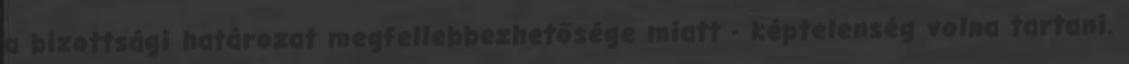
a bizottsági határozat megfellebbezhetősége miatt - képtelenség volna tartani.